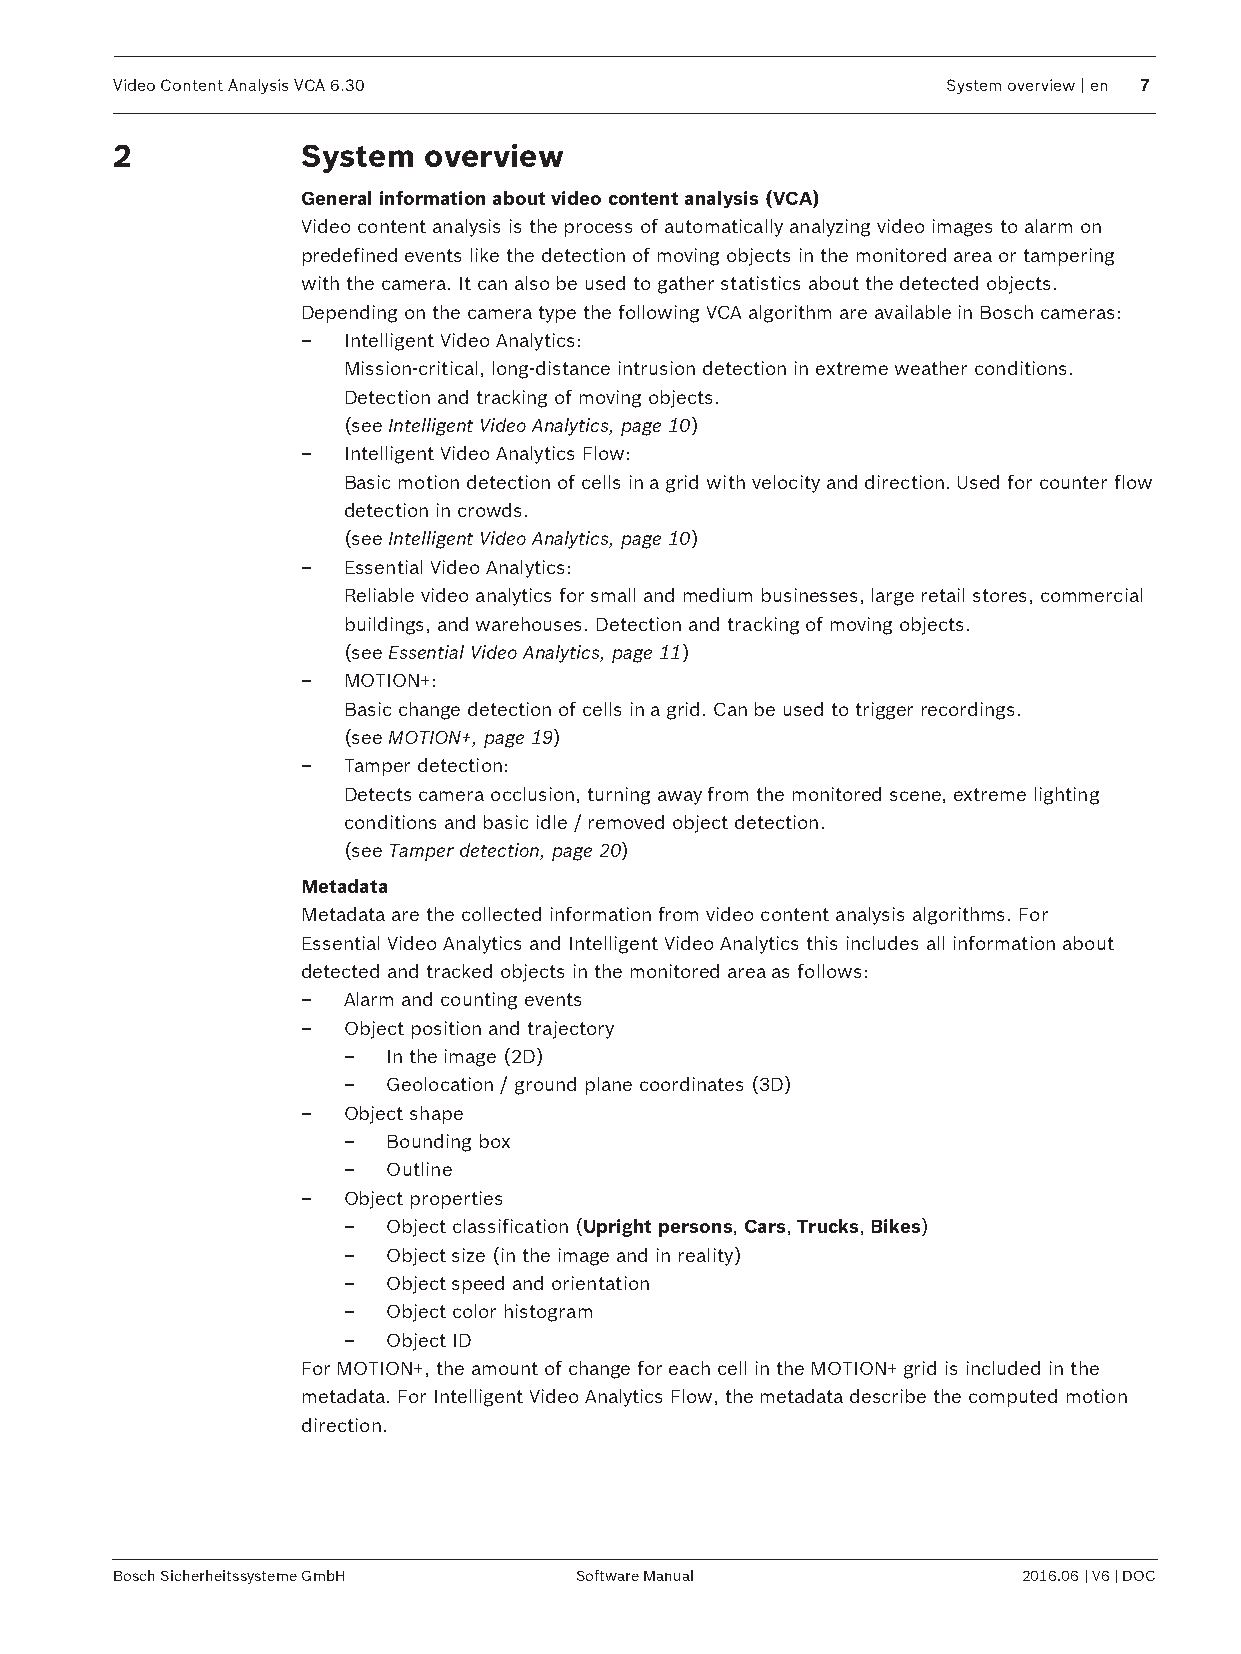
Video Content Analysis VCA 6.30                        System overview | en 7
 2           System  overview
 General information about video content analysis (VCA)
 Video content analysis is the process of automatically analyzing video images to alarm on
 predefined events like the detection of moving objects in the monitored area or tampering
 with the camera. It can also be used to gather statistics about the detected objects.
 Depending on the camera type the following VCA algorithm are available in Bosch cameras:
 –  Intelligent Video Analytics:
 Mission-critical, long-distance intrusion detection in extreme weather conditions.
 Detection and tracking of moving objects.
 (see Intelligent Video Analytics, page 10)
 –  Intelligent Video Analytics Flow:
 Basic motion detection of cells in a grid with velocity and direction. Used for counter flow
 detection in crowds.
 (see Intelligent Video Analytics, page 10)
 –  Essential Video Analytics:
 Reliable video analytics for small and medium businesses, large retail stores, commercial
 buildings, and warehouses. Detection and tracking of moving objects.
 (see Essential Video Analytics, page 11)
 –  MOTION+:
 Basic change detection of cells in a grid. Can be used to trigger recordings.
 (see MOTION+, page 19)
 –  Tamper detection:
 Detects camera occlusion, turning away from the monitored scene, extreme lighting
 conditions and basic idle / removed object detection.
 (see Tamper detection, page 20)
 Metadata
 Metadata are the collected information from video content analysis algorithms. For
 Essential Video Analytics and Intelligent Video Analytics this includes all information about
 detected and tracked objects in the monitored area as follows:
 –  Alarm and counting events
 –  Object position and trajectory
 –  In the image (2D)
 –  Geolocation / ground plane coordinates (3D)
 –  Object shape
 –  Bounding box
 –  Outline
 –  Object properties
 –  Object classification (Upright persons, Cars, Trucks, Bikes)
 –  Object size (in the image and in reality)
 –  Object speed and orientation
 –  Object color histogram
 –  Object ID
 For MOTION+, the amount of change for each cell in the MOTION+ grid is included in the
 metadata. For Intelligent Video Analytics Flow, the metadata describe the computed motion
 direction.
 Bosch Sicherheitssysteme GmbH Software Manual               2016.06 | V6 | DOC